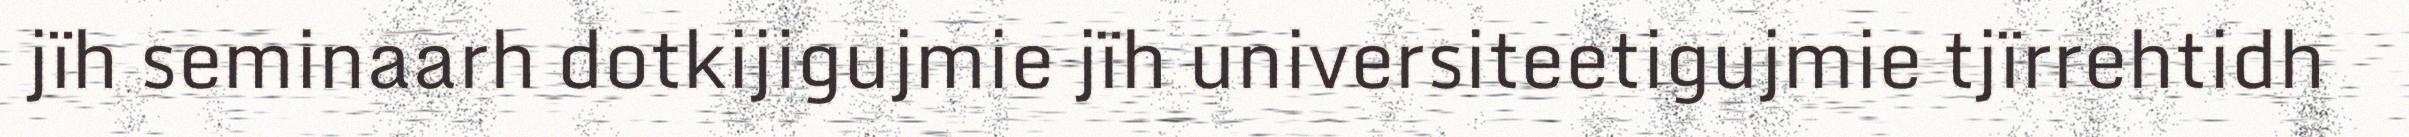
jïh seminaarh dotkijigujmie jïh universiteetigujmie tjïrrehtidh